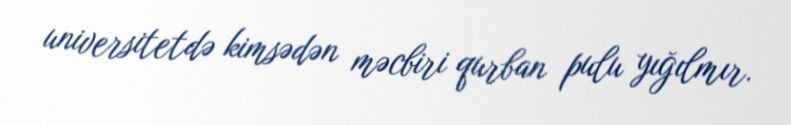
universitetdə kimsədən məcbiri qurban pulu yığılmır.